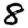
Digit: 8